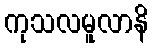
ကုသလမူလာနိ